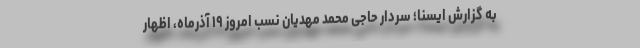
به گزارش ایسنا؛ سردار حاجی محمد مهدیان نسب امروز ۱۹ آذرماه، اظهار